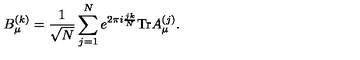
B _ { \mu } ^ { ( k ) } = { \frac { 1 } { \sqrt { N } } } \sum _ { j = 1 } ^ { N } e ^ { 2 \pi i { \frac { j k } { N } } } \mathrm { T r } A _ { \mu } ^ { ( j ) } .